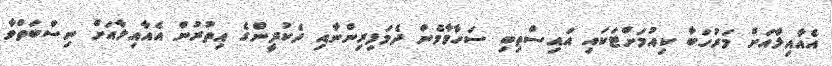
އެއާއިލާއަށް މަރުހަބާ ކިއުމަށްޓަކައި އައިސްތިބި ސަހާމާމެން ދެމަފިރިންނާއި ދެކުދީންގެ އިތުރުން އެއާއިލާއަށް ނިސްބަތްވާ